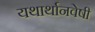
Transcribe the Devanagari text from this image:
यथार्थानवेषी